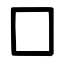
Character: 囗